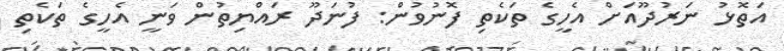
އަތޮޅު ނަރުދޫއަށް އެހީގެ ތަކެތި ފޮނުވުން: ފުނަދޫ ރައްޔިތުން ވަނީ އެހީގެ ތަކެތި